Report on sanitation, dispensaries, and jails in Rajputana for 1910, and on vaccination for the year 1910-1911 - 1910-1911
Year: 1910
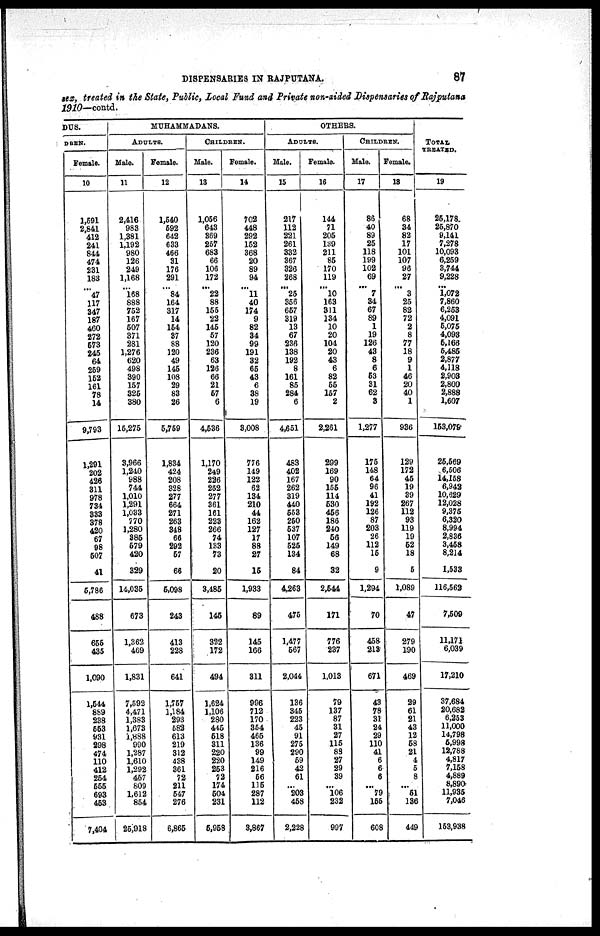
DISPENSARIES IN RAJPUTANA.
87
sex, treated in the State, Public, Local Fund and Private non-aided Dispensaries of Rajputana
1910—contd.
DUS.
DREN.
Female.
10
1,591
2,841
412
241
844
474
231
183
...
47
117
347
187
460
272
573
245
64
259
152
161
78
14
9,793
1,291
202
426
311
978
734
333
378
420
67
98
507
41
5,786
488
655
435
1,090
1,544
889
238
553
931
298
474
110
412
254
555
693
453
7,404
MUHAMMADANS.
ADULTS.
Male.
11
2,416
983
1,381
1,192
980
126
249
1,168
...
168
888
752
167
507
371
281
1,276
620
498
390
157
325
380
15,275
3,966
1,240
988
744
1,010
1,291
1,033
770
1,280
385
579
420
329
14,035
673
1,362
469
1,831
7,592
4,471
1,383
1,673
1,888
990
1,287
1,610
1,292
457
809
1,612
854
25,918
Female.
12
1,540
692
642
633
466
31
176
291
...
84
164
317
14
154
37
88
120
49
145
108
29
83
26
5,759
1,834
424
208
328
277
664
271
263
348
66
292
67
66
5,098
243
413
228
641
1,757
1,184
293
582
613
219
312
438
361
72
211
547
276
6,865
CHILDREN.
Male.
13
1,056
643
369
257
683
66
106
172
...
22
88
155
22
145
57
120
236
63
126
66
21
57
6
4,536
1,170
249
226
252
277
361
161
223
266
74
133
73
20
3,485
146
322
172
494
1,624
1,106
280
445
518
311
220
220
253
72
174
504
231
5,958
Female.
14
702
448
292
152
368
20
89
94
...
11
40
174
9
82
34
99
191
32
65
43
6
38
19
3,008
776
149
122
62
134
210
44
162
127
17
88
27
15
1,933
89
145
166
311
996
712
170
354
465
136
99
149
216
56
115
287
112
3,867
OTHERS.
ADULTS.
Male.
15
217
112
221
261
332
367
326
268
...
25
356
667
319
13
67
236
138
192
8
161
85
284
6
4,651
483
402
167
262
319
440
653
250
637
107
525
134
84
4,263
475
1,477
567
2,044
136
345
223
45
91
275
290
59
42
61
...
203
458
2,228
Female.
16
144
71
205
139
211
85
170
119
...
10
163
311
134
10
20
104
20
43
6
82
55
157
2
2,261
299
169
90
155
114
530
456
186
240
56
149
68
32
2,544
171
776
237
1,013
79
137
87
31
27
115
83
27
29
39
...
106
232
997
CHILDREN.
Male.
17
86
40
89
25
118
199
102
69
...
7
34
67
89
1
19
126
43
8
6
53
31
62
3
1,277
175
148
64
96
41
192
126
87
203
26
112
15
9
1,294
70
458
213
671
43
78
31
24
29
110
41
6
6
6
...
79
165
608
Female.
18
68
34
82
17
101
107
96
27
...
3
25
82
72
2
8
77
18
9
1
46
20
40
1
936
129
172
45
19
39
267
112
93
119
19
52
18
5
1,089
47
279
190
469
29
61
21
43
12
58
21
4
5
8
...
51
136
449
TOTAL
TREATED.
19
25,178.
25,870
9,141
7,278
10,093
6,259
3,744
9,228
...
1,072
7,860
6,253
4,091
5,075
4,093
5,166
5,485
2,877
4,118
2,903
2,800
2,888
1,607
153,079
26,569
6,506
14,158
6,942
10,629
12,028
9,375
6,320
8,994
2,836
3,458
8,214
1,533
116,562
7,509
11,171
6,039
17,210
37,684
20,682
6,253
11,000
14,798
5,998
12,788
4,817
7,158
4,889
8,890
11,935
7,046
153,938